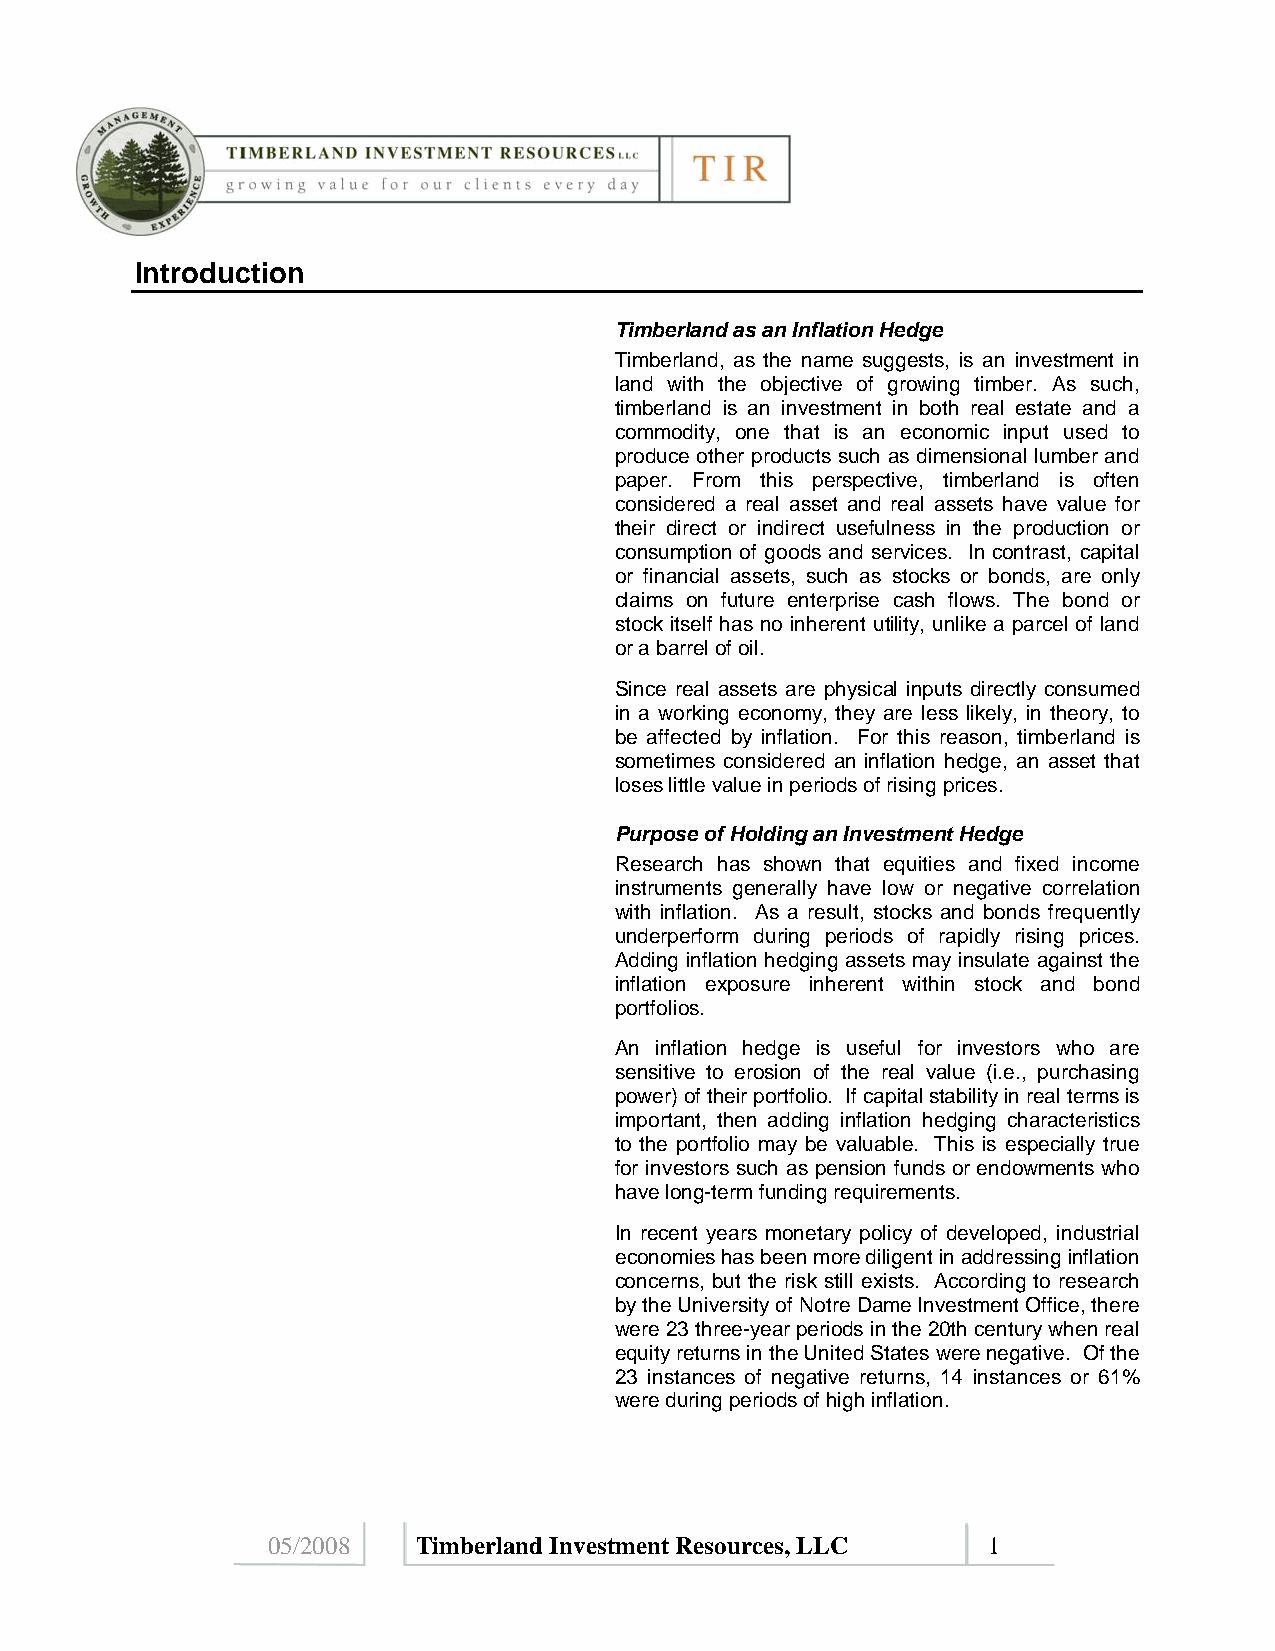
Introduction
 Timberland as an Inflation Hedge
 Timberland, as the name suggests, is an investment in
 land with the objective of growing timber. As such,
 timberland is an investment in both real estate and a
 commodity, one that is an economic input used to
 produce other products such as dimensional lumber and
 paper. From this perspective, timberland is often
 considered a real asset and real assets have value for
 their direct or indirect usefulness in the production or
 consumption of goods and services. In contrast, capital
 or financial assets, such as stocks or bonds, are only
 claims on future enterprise cash flows. The bond or
 stock itself has no inherent utility, unlike a parcel of land
 or a barrel of oil.
 Since real assets are physical inputs directly consumed
 in a working economy, they are less likely, in theory, to
 be affected by inflation. For this reason, timberland is
 sometimes considered an inflation hedge, an asset that
 loses little value in periods of rising prices.
 Purpose of Holding an Investment Hedge
 Research has shown that equities and fixed income
 instruments generally have low or negative correlation
 with inflation. As a result, stocks and bonds frequently
 underperform during periods of rapidly rising prices.
 Adding inflation hedging assets may insulate against the
 inflation exposure inherent within stock and bond
 portfolios.
 An inflation hedge is useful for investors who are
 sensitive to erosion of the real value (i.e., purchasing
 power) of their portfolio. If capital stability in real terms is
 important, then adding inflation hedging characteristics
 to the portfolio may be valuable. This is especially true
 for investors such as pension funds or endowments who
 have long-term funding requirements.
 In recent years monetary policy of developed, industrial
 economies has been more diligent in addressing inflation
 concerns, but the risk still exists. According to research
 by the University of Notre Dame Investment Office, there
 were 23 three-year periods in the 20th century when real
 equity returns in the United States were negative. Of the
 23 instances of negative returns, 14 instances or 61%
 were during periods of high inflation.
 05/2008   Timberland Investment Resources, LLC 1